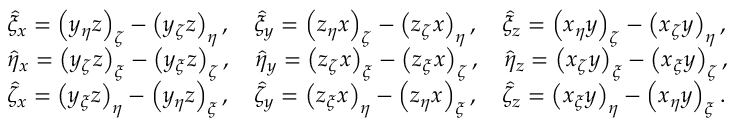
\begin{array} { r l } & { \hat { \xi } _ { x } = \left( y _ { \eta } z \right) _ { \zeta } - \left( y _ { \zeta } z \right) _ { \eta } , \quad \hat { \xi } _ { y } = \left( z _ { \eta } x \right) _ { \zeta } - \left( z _ { \zeta } x \right) _ { \eta } , \quad \hat { \xi } _ { z } = \left( x _ { \eta } y \right) _ { \zeta } - \left( x _ { \zeta } y \right) _ { \eta } , } \\ & { \hat { \eta } _ { x } = \left( y _ { \zeta } z \right) _ { \xi } - \left( y _ { \xi } z \right) _ { \zeta } , \quad \hat { \eta } _ { y } = \left( z _ { \zeta } x \right) _ { \xi } - \left( z _ { \xi } x \right) _ { \zeta } , \quad \hat { \eta } _ { z } = \left( x _ { \zeta } y \right) _ { \xi } - \left( x _ { \xi } y \right) _ { \zeta } , } \\ & { \hat { \zeta } _ { x } = \left( y _ { \xi } z \right) _ { \eta } - \left( y _ { \eta } z \right) _ { \xi } , \quad \hat { \zeta } _ { y } = \left( z _ { \xi } x \right) _ { \eta } - \left( z _ { \eta } x \right) _ { \xi } , \quad \hat { \zeta } _ { z } = \left( x _ { \xi } y \right) _ { \eta } - \left( x _ { \eta } y \right) _ { \xi } . } \end{array}